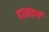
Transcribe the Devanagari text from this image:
दासवर्ग